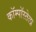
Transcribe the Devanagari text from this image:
कॉम्पॉस्तेला